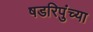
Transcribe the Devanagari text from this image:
षडरिपुंच्या